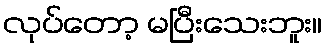
လုပ်တော့ မပြီးသေးဘူး။